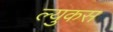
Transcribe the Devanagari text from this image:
ल्युकस